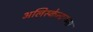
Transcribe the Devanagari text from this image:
अलिस्केन्दरुना